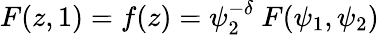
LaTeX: F(z,1)=f(z)=\psi_{2}^{-\delta}~F(\psi_{1},\psi_{2})